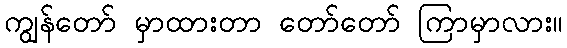
ကျွန်တော် မှာထားတာ တော်တော် ကြာမှာလား။